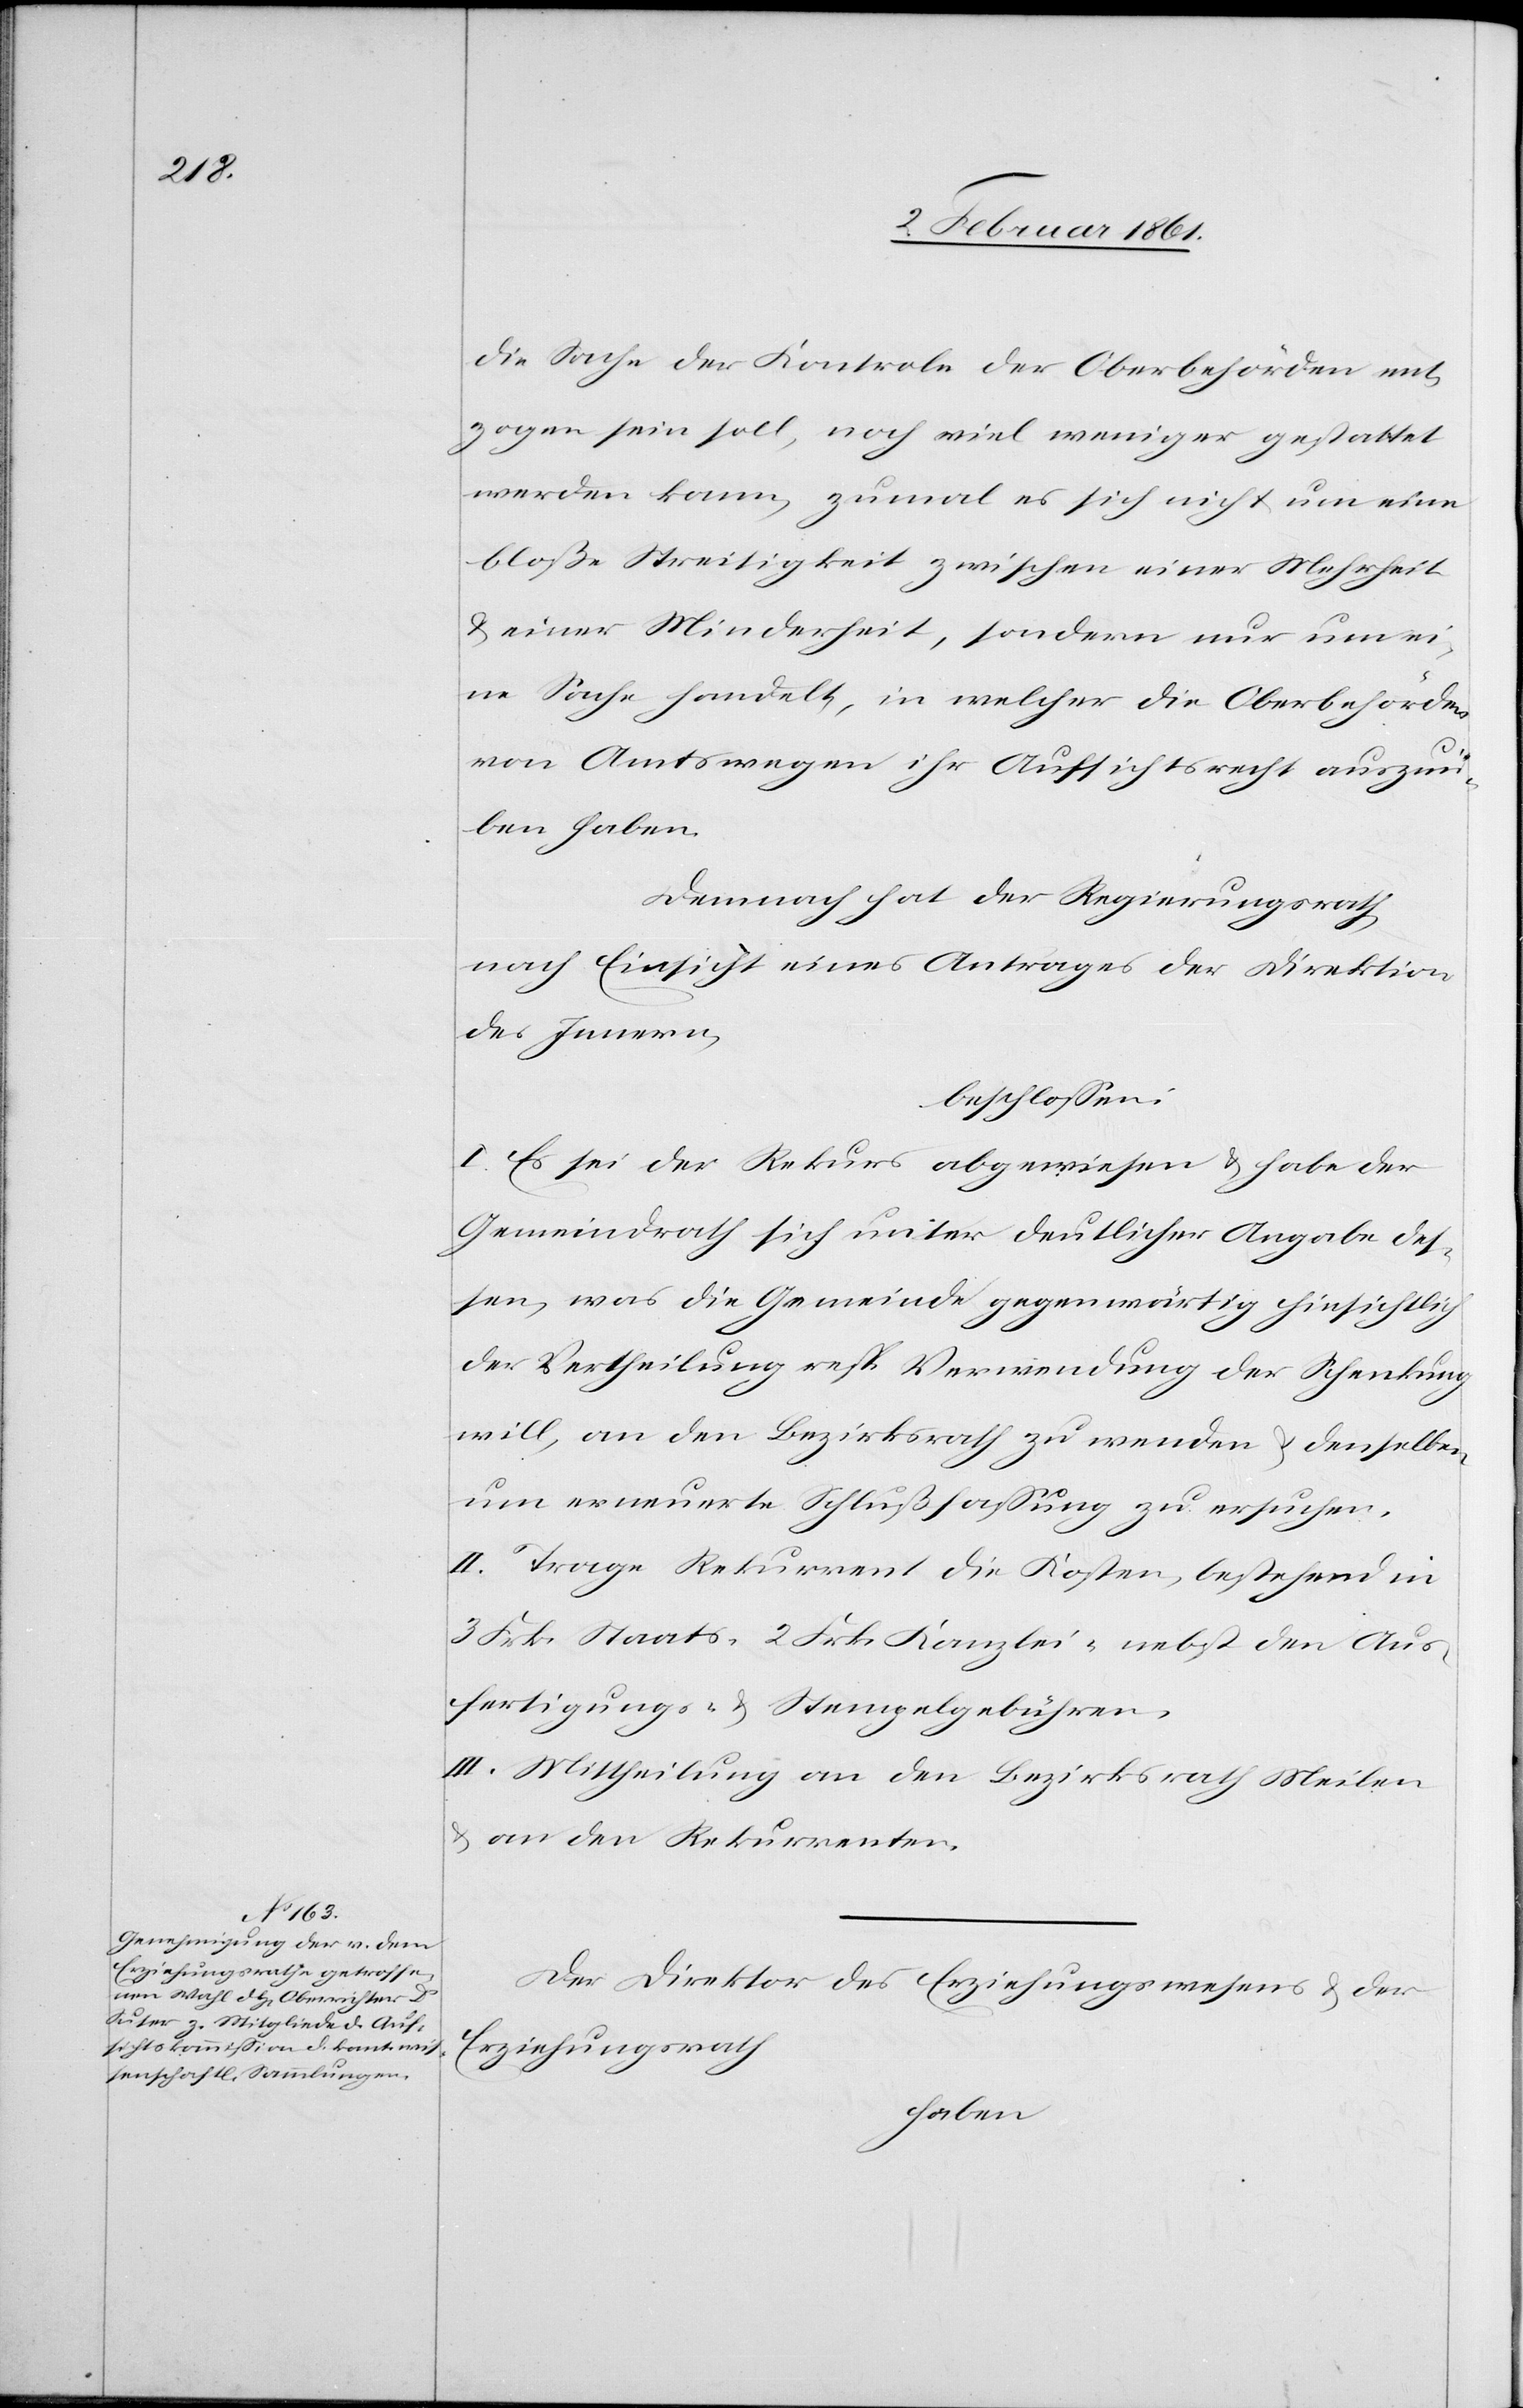
die Sache der Kontrole der Oberbehörden ent¬
zogen sein soll, noch viel weniger gestattet
werden kann, zumal es sich nicht um eine
bloße Streitigkeit zwischen einer Mehrheit
u. einer Minderheit, sondern nur um ei¬
ne Sache handelt, in welcher die Oberbehörden
von Amtswegen ihr Aufsichtsrecht auszuü¬
ben haben.
Demnach hat der Regierungsrath
nach Einsicht eines Antrages der Direktion
des Innern,
beschlossen:
I. Es sei der Rekurs abgewiesen u. habe der
Gemeindrath sich unter deutlicher Angabe des¬
sen, was die Gemeinde gegenwärtig hinsichtlich
der Vertheilung resp. Verwendung der Schenkung
will, an den Bezirksrath zu wenden u. denselben
um erneuerte Schlußfassung zu ersuchen.
II. Trage Rekurrent die Kosten, bestehend in
3 Frk. Staats-[,] 2. Frk. Kanzlei- nebst den Aus¬
fertigungs- u. Stempelgebühren.
III. Mittheilung an den Bezirksrath Meilen
u. an den Rekurrenten.
Der Direktor des Erziehungswesens u. der
Erziehungsrath
haben